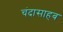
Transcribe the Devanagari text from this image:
चंदासाहब